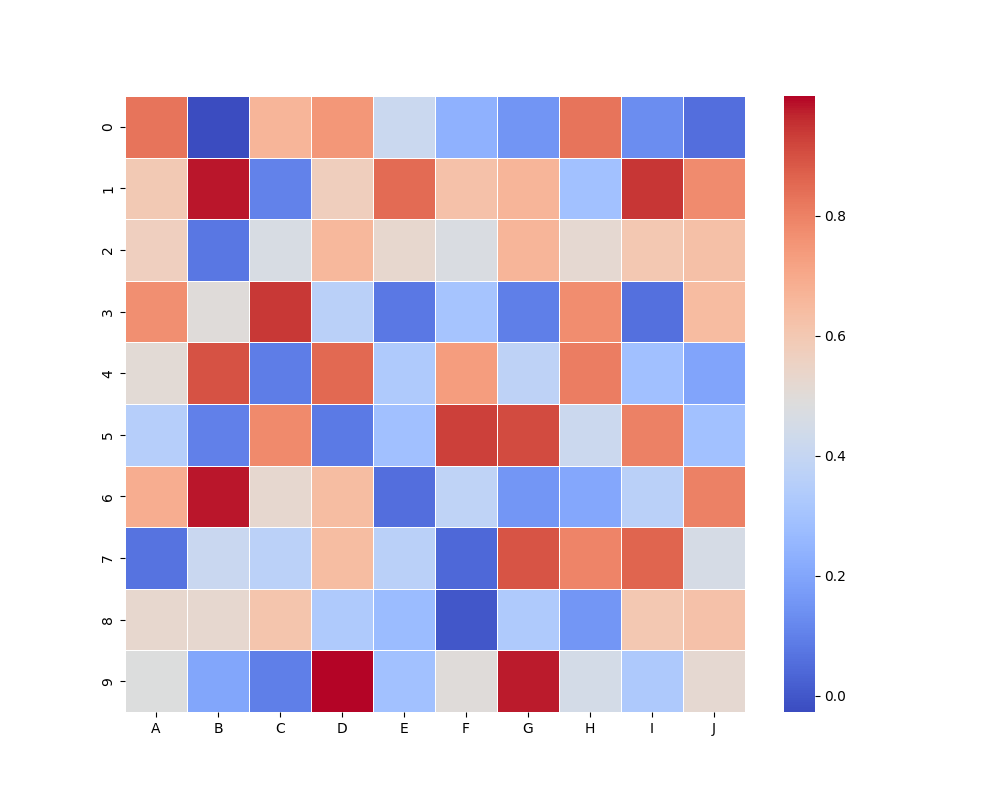
python, seaborn, heatmap, cmap='coolwarm', linewidths=0.5, center=none